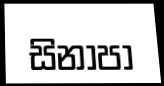
සිනාපා